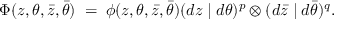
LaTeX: \Phi ( z , \theta , \bar { z } , \bar { \theta } ) \; = \; \phi ( z , \theta , \bar { z } , \bar { \theta } ) ( d z \mid d \theta ) ^ { p } \otimes ( d \bar { z } \mid d \bar { \theta } ) ^ { q } .